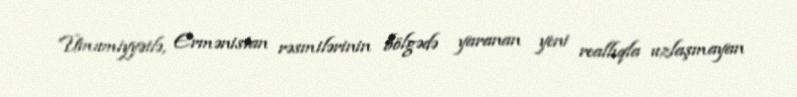
Ümumiyyətlə, Ermənistan rəsmilərinin bölgədə yaranan yeni reallıqla uzlaşmayan